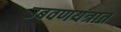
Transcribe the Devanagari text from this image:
उबवणयंत्रात